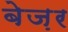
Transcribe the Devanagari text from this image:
बेज़र